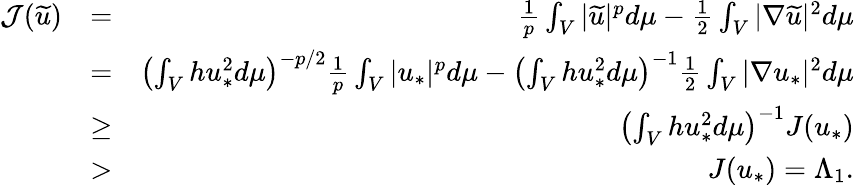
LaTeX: \begin{array}{rlr}{\mathcal{J}(\widetilde{u})}&{=}&{\frac{1}{p}\int_{V}|\widetilde{u}|^{p}d\mu-\frac{1}{2}\int_{V}|\nabla\widetilde{u}|^{2}d\mu}\\ &{=}&{\left(\int_{V}hu_{*}^{2}d\mu\right)^{-p/2}\frac{1}{p}\int_{V}|{u}_{*}|^{p}d\mu-\left(\int_{V}hu_{*}^{2}d\mu\right)^{-1}\frac{1}{2}\int_{V}|\nabla{u}_{*}|^{2}d\mu}\\ &{\geq}&{\left(\int_{V}hu_{*}^{2}d\mu\right)^{-1}J(u_{*})}\\ &{>}&{J(u_{*})=\Lambda_{1}.}\end{array}